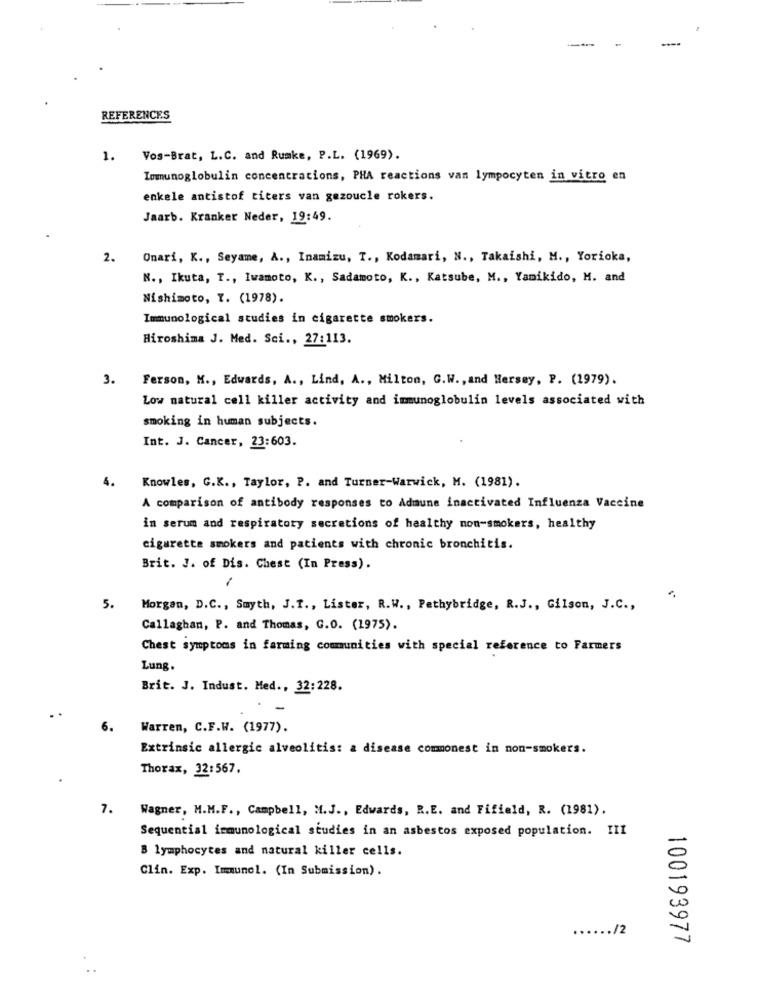
REFERENCES
1.
Vos-Brat, L.C. and Rumke, P.L. (1969).
Immunoglobulin concentrations, PHA reactions van lympocyten in vitro en
enkele antistof titers van gezoucle rokers.
Jaarb. Kranker Neder, 19:49.
2.
Onari, K ., Seyame, A ., Inamizu, T ., Kodamari, N ., Takaishi, M ., Yorioka,
N ., Ikuta, T ., Iwamoto, K ., Sadamoto, K ., Katsube, M ., Yanikido, M. and
Nishimoto, Y. (1978).
Immunological studies in cigarette smokers.
Hiroshima J. Med. Sci ., 27:113.
3.
Ferson, M ., Edwards, A ., Lind, A ., Milton, G.W ., and Hersey, P. (1979).
Low natural cell killer activity and immunoglobulin levels associated with
smoking in human subjects.
Int. J. Cancer, 23:603.
4.
Knowles, G.K ., Taylor, P. and Turner-Warwick, M. (1981).
A comparison of antibody responses to Admune inactivated Influenza Vaccine
in serum and respiratory secretions of healthy non-smokers, healthy
cigarette smokers and patients with chronic bronchitis.
Brit. J. of Dis. Chest (In Press).
5.
Morgen, D.C ., Smyth, J.I ., Lister, R.W ., Pethybridge, R.J ., Gilson, J.C .,
Callaghan, P. and Thomas, G.O. (1975).
Chest symptoms in farming communities with special reference to Farmers
Lung.
Brit. J. Indust. Med ., 32:228.
Warren, C.F.W. (1977).
Extrinsic allergic alveolitis: a disease commonest in non-smokers.
Thorax, 32:567.
7.
Wagner, M.M.F ., Campbell, M.J ., Edwards, R.E. and Fifield, R. (1981).
Sequential immunological studies in an asbestos exposed population. III
B lymphocytes and natural killer cells.
Clin. Exp. Immunol. (In Submission).
..... /2
100193977